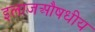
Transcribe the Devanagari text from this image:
इलाजऔषधीय